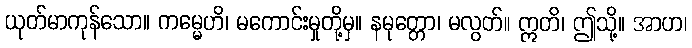
ယုတ်မာကုန်သော။ ကမ္မေဟိ၊ မကောင်းမှုတို့မှ။ နမုတ္တော၊ မလွတ်။ ဣတိ၊ ဤသို့။ အာဟ၊